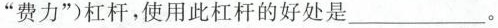
”费力”)杠杆，使用此杠杆的好处是___。